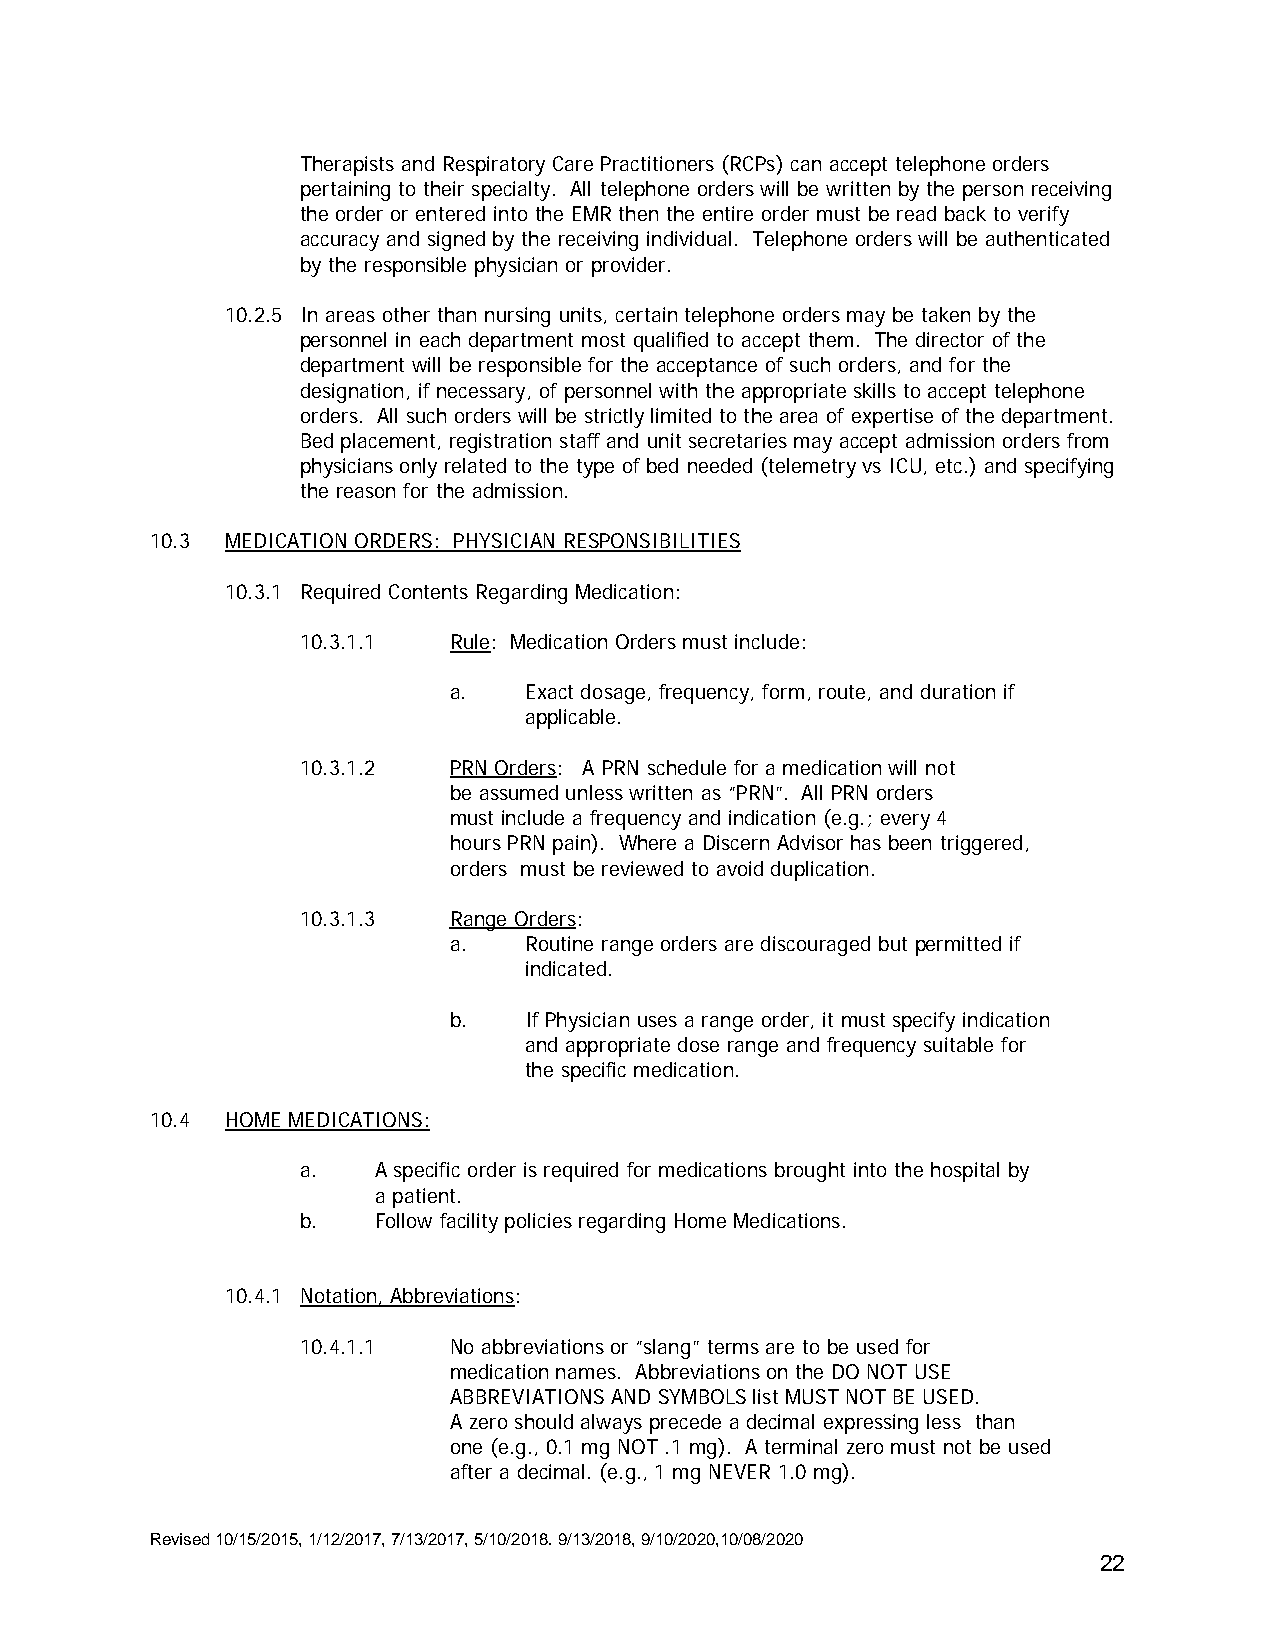
Therapists and Respiratory Care Practitioners (RCPs) can accept telephone orders
 pertaining to their specialty. All telephone orders will be written by the person receiving
 the order or entered into the EMR then the entire order must be read back to verify
 accuracy and signed by the receiving individual. Telephone orders will be authenticated
 by the responsible physician or provider.
 10.2.5 In areas other than nursing units, certain telephone orders may be taken by the
 personnel in each department most qualified to accept them. The director of the
 department will be responsible for the acceptance of such orders, and for the
 designation, if necessary, of personnel with the appropriate skills to accept telephone
 orders. All such orders will be strictly limited to the area of expertise of the department.
 Bed placement, registration staff and unit secretaries may accept admission orders from
 physicians only related to the type of bed needed (telemetry vs ICU, etc.) and specifying
 the reason for the admission.
 10.3 MEDICATION ORDERS: PHYSICIAN RESPONSIBILITIES
 10.3.1 Required Contents Regarding Medication:
 10.3.1.1  Rule: Medication Orders must include:
 a.   Exact dosage, frequency, form, route, and duration if
 applicable.
 10.3.1.2  PRN Orders: A PRN schedule for a medication will not
 be assumed unless written as “PRN”. All PRN orders
 must include a frequency and indication (e.g.; every 4
 hours PRN pain). Where a Discern Advisor has been triggered,
 orders must be reviewed to avoid duplication.
 10.3.1.3  Range Orders:
 a.   Routine range orders are discouraged but permitted if
 indicated.
 b.   If Physician uses a range order, it must specify indication
 and appropriate dose range and frequency suitable for
 the specific medication.
 10.4 HOME MEDICATIONS:
 a.   A specific order is required for medications brought into the hospital by
 a patient.
 b.   Follow facility policies regarding Home Medications.
 10.4.1 Notation, Abbreviations:
 10.4.1.1  No abbreviations or “slang” terms are to be used for
 medication names. Abbreviations on the DO NOT USE
 ABBREVIATIONS AND SYMBOLS list MUST NOT BE USED.
 A zero should always precede a decimal expressing less than
 one (e.g., 0.1 mg NOT .1 mg). A terminal zero must not be used
 after a decimal. (e.g., 1 mg NEVER 1.0 mg).
 Revised 10/15/2015, 1/12/2017, 7/13/2017, 5/10/2018. 9/13/2018, 9/10/2020,10/08/2020
 22